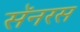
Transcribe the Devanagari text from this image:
सॅनरस